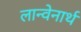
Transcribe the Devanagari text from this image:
लान्वेनार्थ